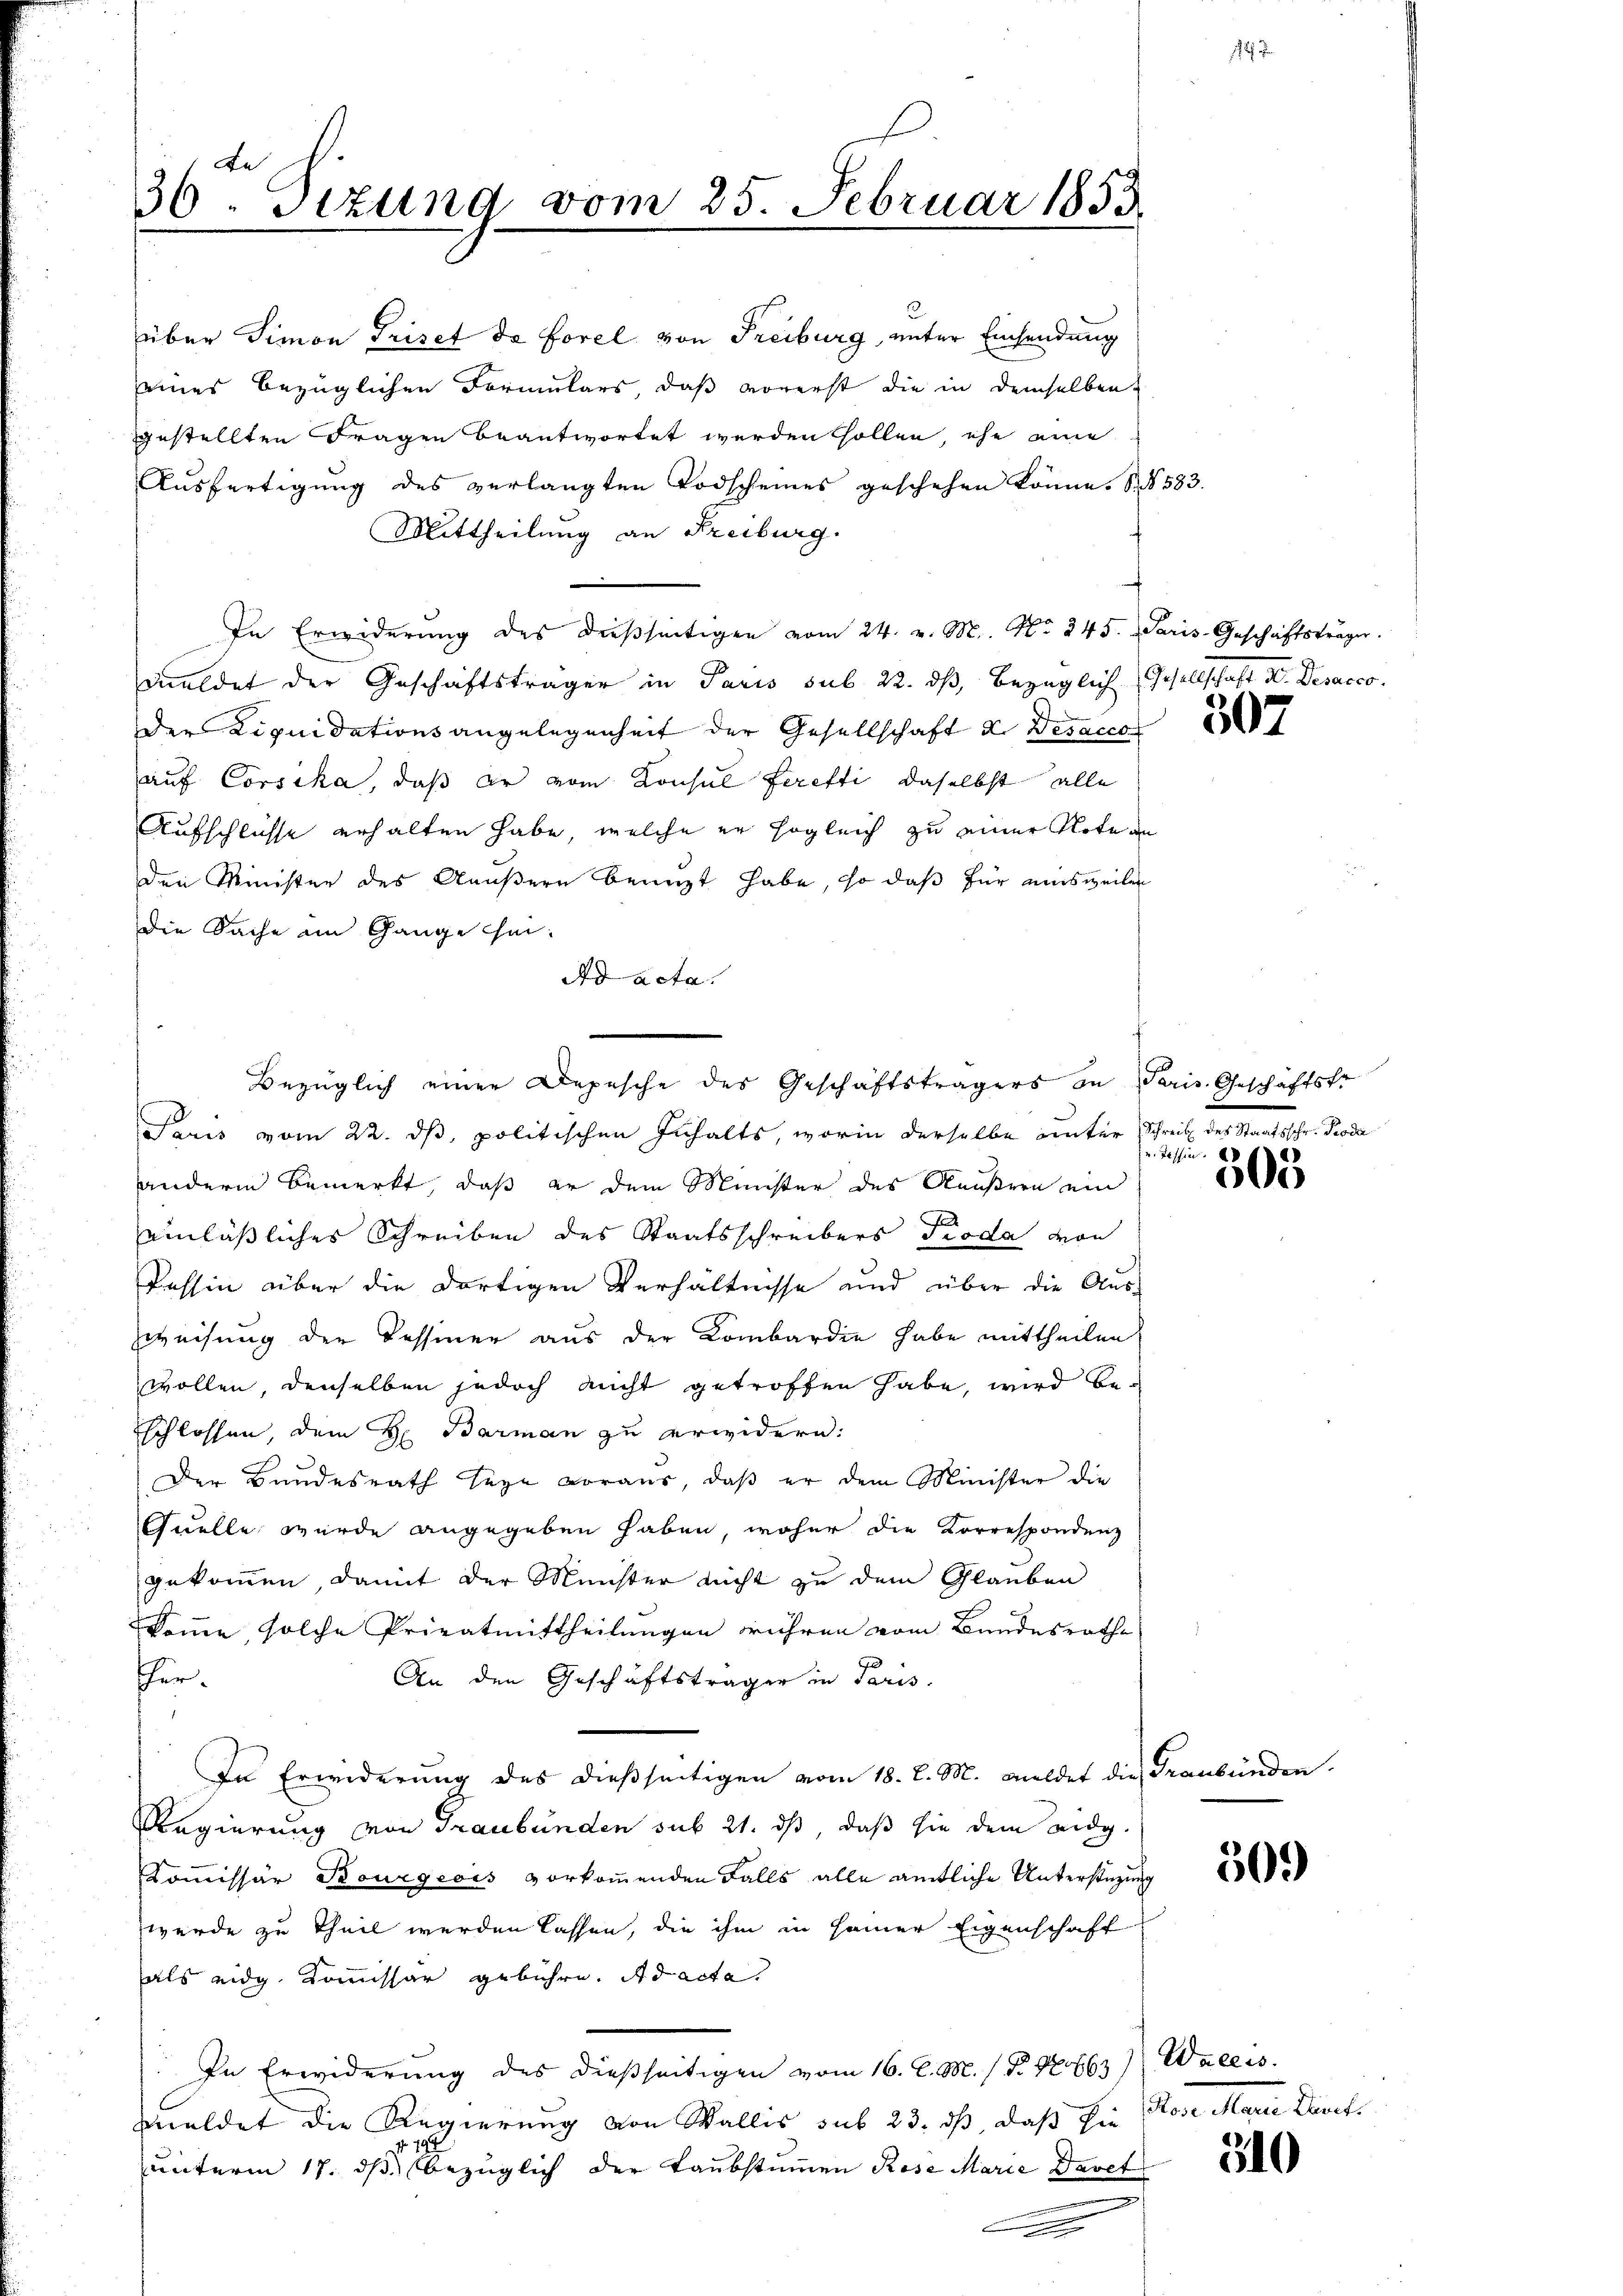
36 Tizung vom 25. Februar 1853
.

eines bezüglichen Formulars, daß vorerst die in demselben
gestellten Fragen beantwortet werden sollen, ehe eine
Aŭsfertigŭng des verlangten Todscheines geschehen könne. S. 583.
Mittheilung an Freiburg.
In Erwiderŭng des dießseitigen vom 24. v. M. No. 245. Paris-Geschäftsträger.
meldet der Geschäftsträger in Paris sub 22. dß, bezüglich Gesellschaft Dr. Desacco
der Liquidationsangelegenheit der Gesellschaft d. Desacco
auf Corsika, daß er vom Konsul feretti, daselbst alle
Aufschlüsse erhalten habe, welche er sogleich zu einer Note an
den Minister des Aeußern benuzt habe, so daß für einsweilen
die Sache im Gange thei¬
Ad acta.
Prus vom 22. ds, politischen Inhalts, worin derselbe unter Schreib des Staatsschr. Proda
anderm Bemerkt, daß er dem Münster des Aeußern ein
einläßliches Schreiben des Staatsschreibers Pioda von
Tessin über die dortigen Verhältnisse und über die Aus-
weisung der Tessiner aus der Kombardie habe mittheilen.
wollen, denselben jedoch nicht getroffen habe, wird beschlossen, dem H. Barman zu erwidern:
Der Bundesrath seye voraus, daβ er dem Minister die
Quelle wurde angegeben haben, woher die Korrespondenz
gekommen damit der Münster nicht zu dem Glauben
komme, solche Privatmittheilungen rühren vom Bundesrathe
hür.
An den Geschäftsträger in Paris,
In Erwiderŭng des dießseitigen vom 18. d. M. meldet die Graubünden.
Regierung von Graubünden sub 21. ds, daß sie dem eidg.
Kommissär Bourgeois vorkommenden Falls alle amtliche Unterstüzung
werde zu Theil werden lassen, die ihm in seiner Eigenschaft
als eidg. Kommissar gebühre. Ad acta
In Erwiderung des dießseitigen vom 16. d. M. (T. 12763) Wallis.
meldet die Regierung von Wallis sub 23. dß daß sie
 194
unterm 17. dβ bezüglich der Taubstimmen Röse Marie Davet

über Simon Priset de Forel von Freiburg, unter Einsendung

Bezüglich einer Depesche des Geschäftsträgers an Paris Geschäftsfr

n

307

und Tessin.

505

509

Semmelten Kant

310